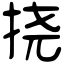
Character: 挠